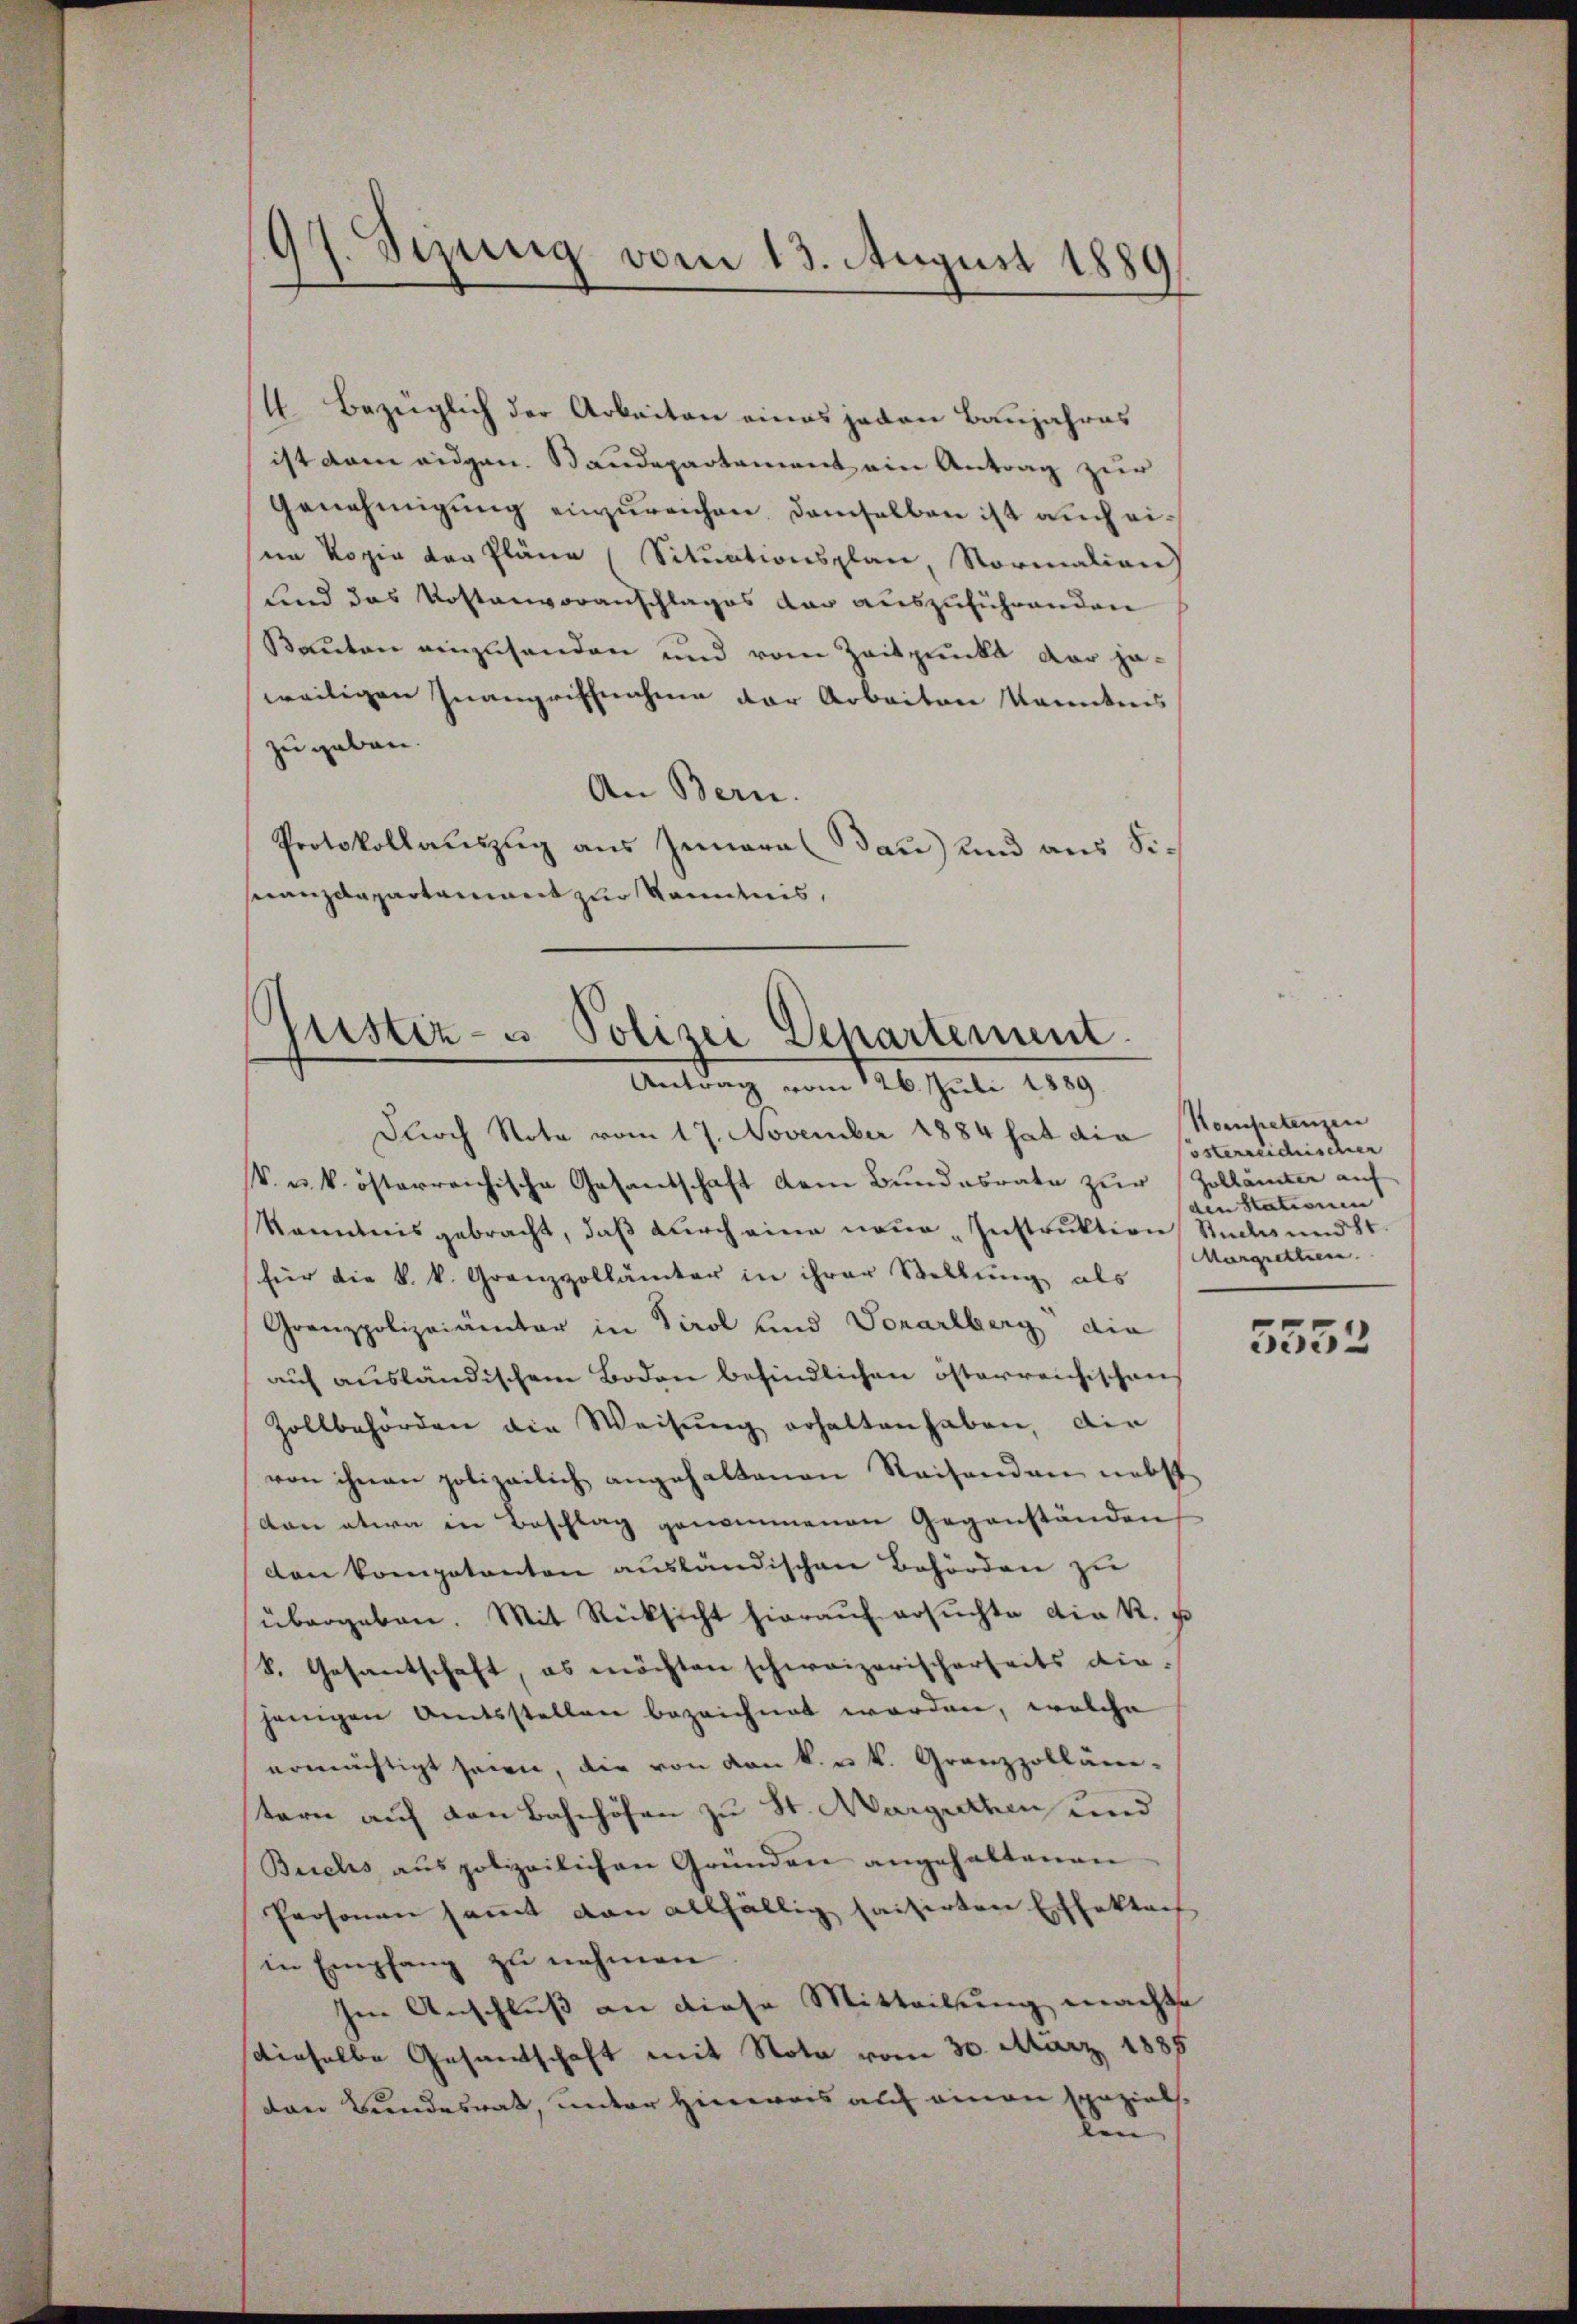
Sizung vom 13. August 1889

4 Bezüglich der Arbeiten eines jeden Baujahres
ist dem eidgen. Baudepartement ein Antrag zur
Genehmigung einzureichen demselben ist auch eisein Kopie der Pläne (Situationsplan, Normalien)
und das Kostenvoranschlages dar auszuführenden
Bauten einzusenden und vom Zeitpunkt der jeweiligen Inangriffnahme der Arbeiten kanntnis
zu geben.
An Bern.
Protokollauszug aus Inneral dau) und aus Sinanzdepartament zur Kenntnis,

Justiz- u Polizei Departement
Antrag vom 126. Juli 1889.

Durch Note vom 17. November 1884 hat die Kompetenzen
V. u. k. österreichische Gesandschaft dem Bundesrate zur Zollämter auf
kanntnis gebracht, daß durch eine neue Instruktion Stücks und St.
für die k. k. Grenzzollämter in ihrer Stellŭng als
Granzpolizeiämter in Tirol und Vorarlberg die
auf ausländischem Boden befindlichen österreichischen
Zollbehörden die Weisung erhalten haben, die
von ihnen polizeilich angehaltenen Reisenden nebst
von etwa in Beschlag genommenen Gegenständen
den kompetenten ausländischen Behörden zu
übergeben. Mit Rücksicht hieraŭf ersŭchte die K. u
k. Gesantschaft, es möchten schweizerischerseits die-
jenigen Amtsstellen bezeichnet worden, welche
ermächtigt seien, die von den k. u. k. Grenzzolläntern auf den Bahnhöfen zu St. Marguthen und
Buchs aus polizeilichen Gründen angehaltenen
Personen sammt dan allfällig saisirten Effektach
in Empfang zu nehmen
Im Anschluß an diese Mitteilung machte
dieselbe Gesandtschaft mit Nota vom 30. März 1885
von Bundesrat, unter Hinweis auf einen spaziers.
den

österreichischer
den Stationen
Margretten.

5552